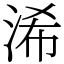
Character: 浠